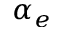
\alpha _ { e }